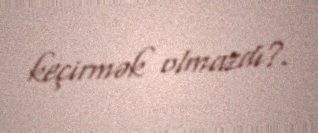
keçirmək olmazdı?.